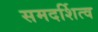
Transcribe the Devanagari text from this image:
समदर्शित्व